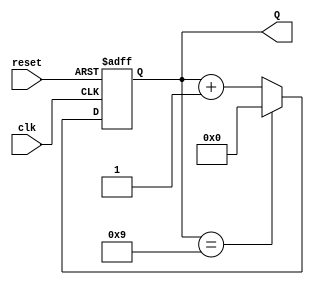
module bcd_counter (
    input wire clk,      // Clock signal
    input wire reset,    // Asynchronous reset signal
    output reg [3:0] Q   // 4-bit output for BCD value
);

// State transition logic
always @(posedge clk or posedge reset) begin
    if (reset) begin
        Q <= 4'b0000; // Reset the counter to 0
    end else begin
        if (Q == 4'b1001) begin
            Q <= 4'b0000; // Reset to 0 if the counter reaches 10 (1010)
        end else begin
            Q <= Q + 1; // Increment the counter
        end
    end
end

endmodule